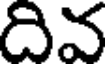
దివ